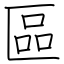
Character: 區